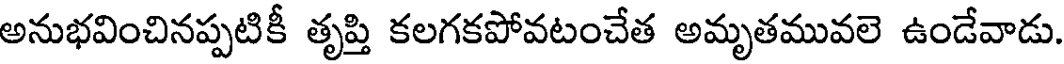
అనుభవించినప్పటికీ తృప్తి కలగకపోవటంచేత అమృతమువలె ఉండేవాడు